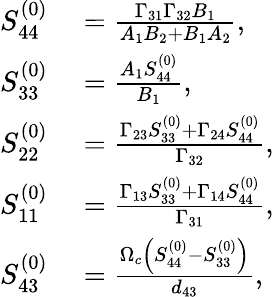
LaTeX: \begin{array}{rl}{S_{44}^{(0)}}&{{}=\frac{\Gamma_{31}\Gamma_{32}B_{1}}{A_{1}B_{2}+B_{1}A_{2}},}\\ {S_{33}^{(0)}}&{{}=\frac{A_{1}S_{44}^{(0)}}{B_{1}},}\\ {S_{22}^{(0)}}&{{}=\frac{\Gamma_{23}S_{33}^{(0)}+\Gamma_{24}S_{44}^{(0)}}{\Gamma_{32}},}\\ {S_{11}^{(0)}}&{{}=\frac{\Gamma_{13}S_{33}^{(0)}+\Gamma_{14}S_{44}^{(0)}}{\Gamma_{31}},}\\ {S_{43}^{(0)}}&{{}=\frac{\Omega_{c}\left(S_{44}^{(0)}-S_{33}^{(0)}\right)}{d_{43}},}\end{array}